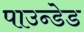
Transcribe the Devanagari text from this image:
पाउन्डेड